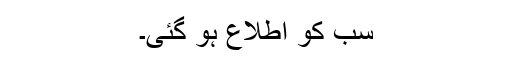
سب کو اطلاع ہو گئی۔